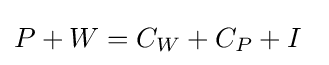
\textstyle P+W=C_{W}+C_{P}+I\,\